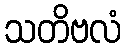
သတိဗလံ